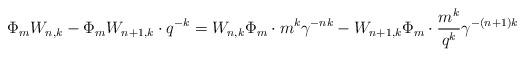
LaTeX: \begin{align*}\Phi_m W_{n,k} - \Phi_m W_{n+1,k} \cdot q^{-k} = W_{n,k} \Phi_m \cdot m^k \gamma^{-nk} - W_{n+1,k} \Phi_m \cdot \frac {m^k}{q^k} \gamma^{-(n+1)k}\end{align*}